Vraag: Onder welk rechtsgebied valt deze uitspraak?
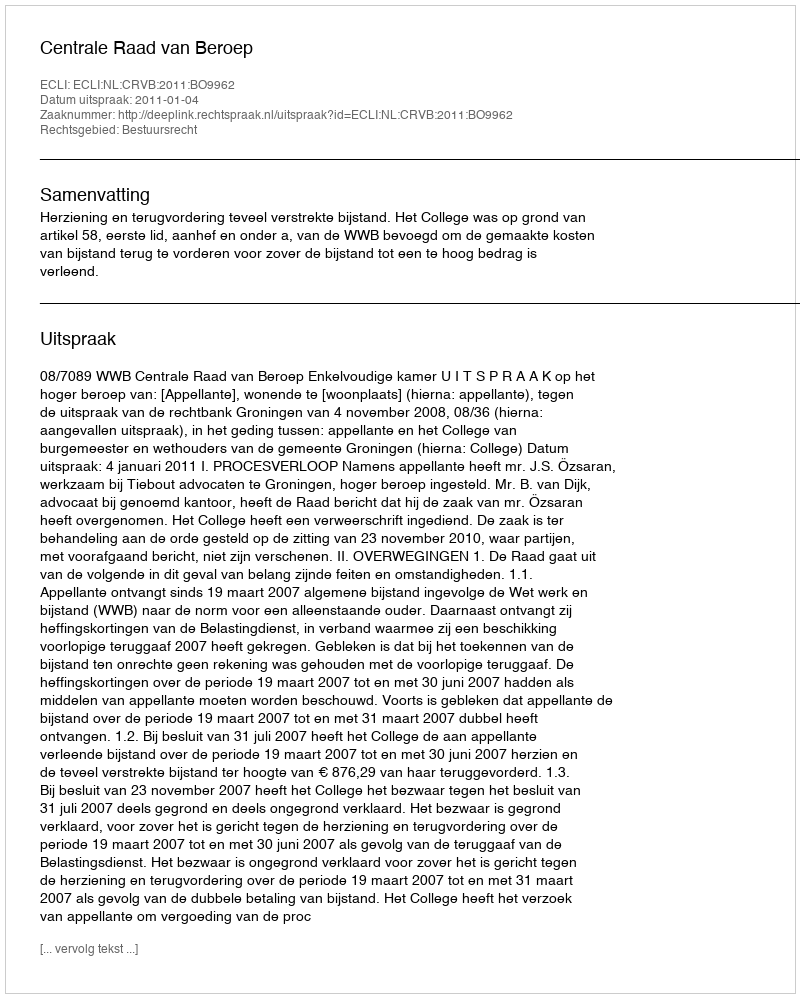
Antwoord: Bestuursrecht